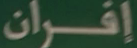
إفران